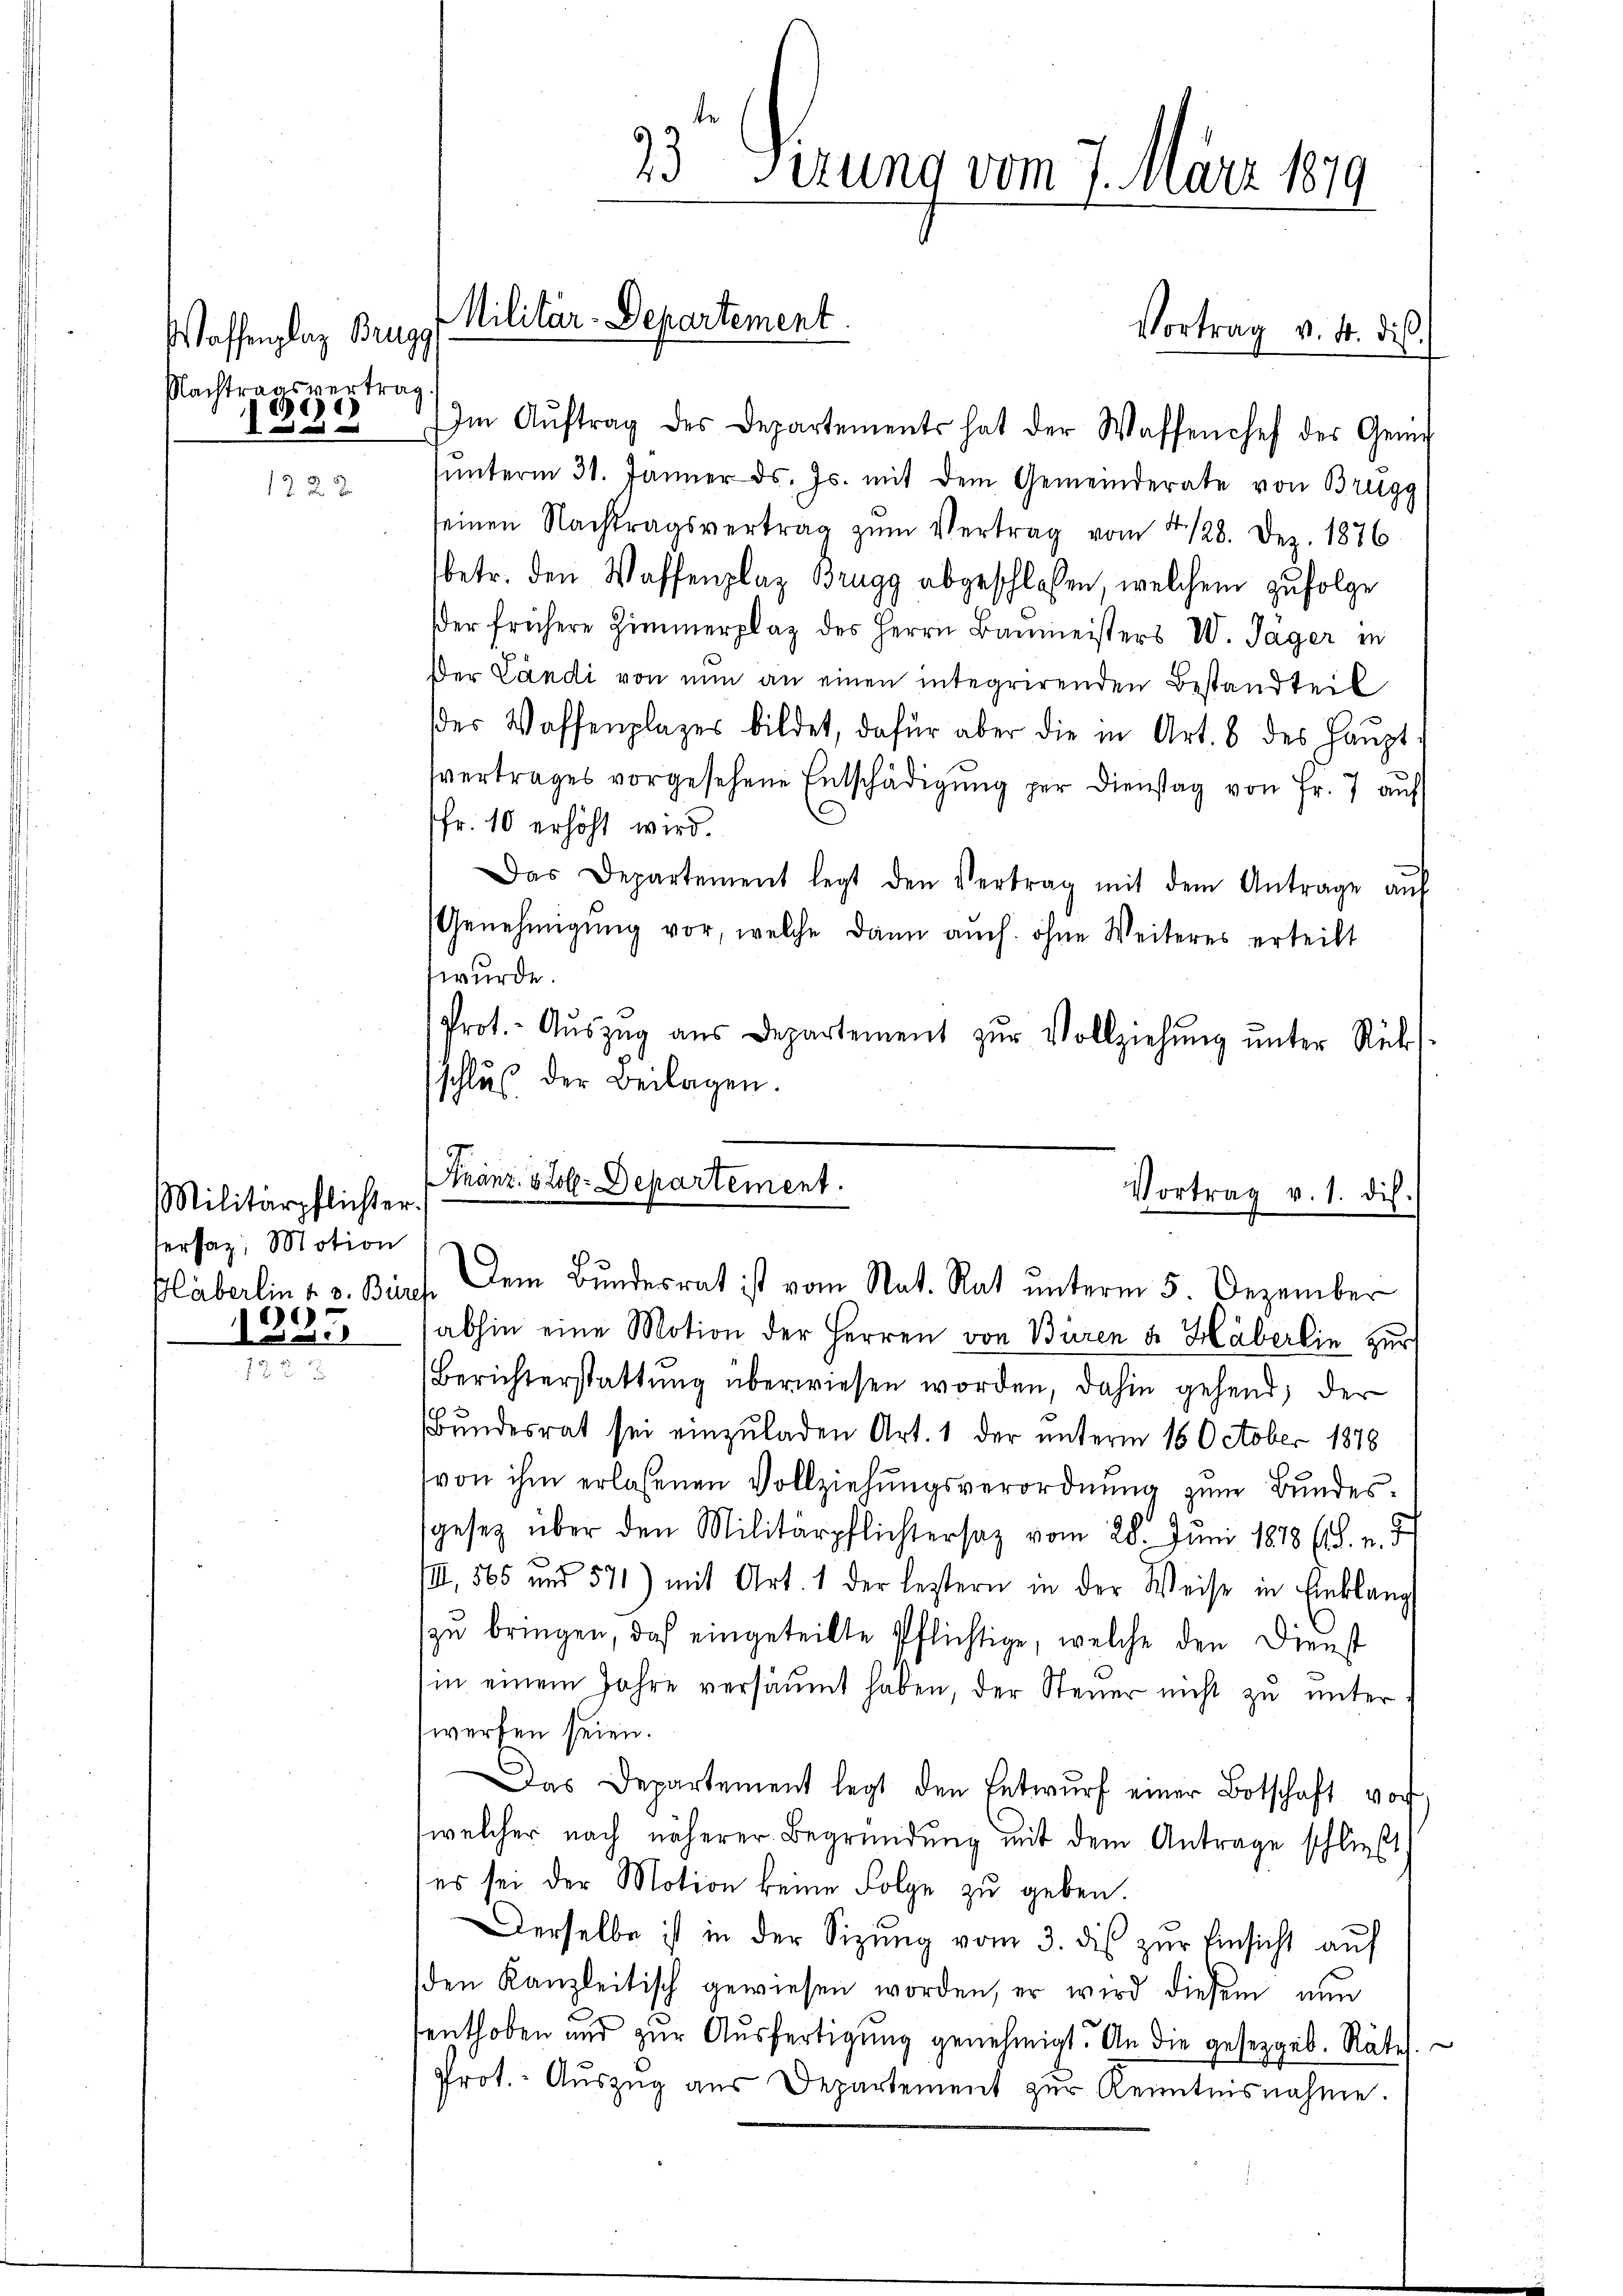
Waffenplaz Brugg
Nachtragsvertrag
1)
  und

Militärpflichter.
Versaz, Motion
Pläberlin u. s. Bürch
)
Da a

Militär-Departement

Im Aŭftrag des Departements hat der Waffenchef des Gener
ŭnterm 31. Jänner ds. Js. mit dem Gemeinderate von Brugg
seinen Nachtragsvertrag zŭm Vertrag vom 4. 128. Dez. 1876
betr. den Waffenplaz Brugg abgeschlossen, welchem zufolge
der frühere Zimmerplaz des Herrn Baumeisters W. Tager in
der Landi von nun an einen integrirenden Bestandteil
des Waffenplazes bildet, dafür aber die in Art. 8 des Haŭpt
svertrages vorgesehene Entschädigung per Dienstag von Fr. 7 auf
Fr. 10 erhöht wird.
Das Departement legt den Vertrag mit dem Antrage aŭf
Genehmigŭng vor, welche dann auch ohne Weiteres erteilt
wurde.
Prot.- Aŭszŭg aŭs Departement zŭr Vollziehŭng ŭnter Rück-
schluß der Beilagen.

e
Franz.  Joh. Departement.

33 Perung vom 7. März 1879

abhin eine Motion der Herren von Büren u. Häberlin zur
Berichterstattung überwiesen worden, dahin gehend, der
Bundesrat sei einzuladen Art. 1 der unterm 16 October 1878
von ihm erlassenen Vollziehungsverordnung zum Bundessgesetz über den Militärpflichtersaz vom 28. Juni 1878 (8. u. d
.
III, 565 und 571) mit Art. 1 der leztern in der Weise in Anklang
zu bringen, daß eingeteilte Pflichtige, welche den Dienst
in einem Jahre versäŭmt haben, der Steŭer nicht zŭ ŭnter-
werfen seien.
Das Departement legt den Entwurf einer Botschaft vor
welcher nach näherer Begründung mit dem Antrage schließt
es sei der Motion keine Folge zu geben.
Derselbe ist in der Sizung vom 3. dis zŭr Einsicht auf
den Kanzleitisch gewiesen worden, er wird diesem nŭn
enthoben und zur Ausfertigung genehmigt. An die gesetzgeb. Räte.
prot. Aŭszŭg aŭs Departement zŭr Kenntnisnahme.

Dem Bundesrat ist vom Nat. Rat unterm 5. Dezember

Vortrag v. 4. dis

Vortrag v. 1. dich